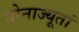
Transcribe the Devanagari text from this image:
वोनाज्यूतां